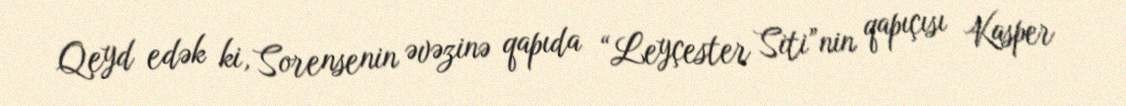
Qeyd edək ki, Sorensenin əvəzinə qapıda “Leyçester Siti”nin qapıçısı Kasper